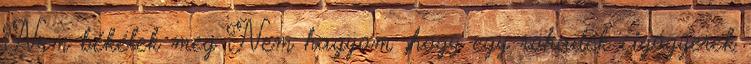
Nem békélek meg Nem hagyom ,hogy egy rohadék cigógyerek